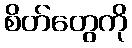
စိတ်တွေကို